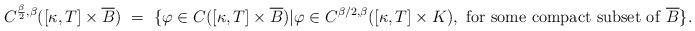
LaTeX: \begin{align*}C^{\frac{\beta}{2}, \beta}( [\kappa, T] \times \overline{B}) \ = \ \{ \varphi \in C( [\kappa, T] \times \overline{B})| \varphi \in C^{\beta/2, \beta}( [\kappa, T] \times K), \ {\rm for\ some\ compact\ subset\ of} \ \overline{B}\} .\end{align*}